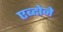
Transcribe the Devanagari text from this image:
एब्दोने